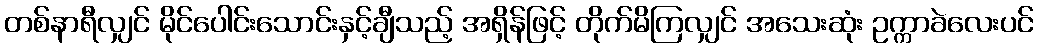
တစ်နာရီလျှင် မိုင်ပေါင်းသောင်းနှင့်ချီသည့် အရှိန်ဖြင့် တိုက်မိကြလျှင် အသေးဆုံး ဥက္ကာခဲလေးပင်